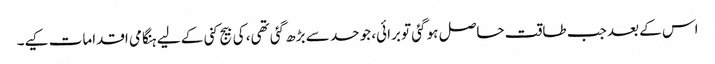
اس کے بعد جب طاقت حاصل ہو گئی تو برائی، جو حد سے بڑھ گئی تھی، کی بیج کنی کے لیے ہنگامی اقدامات کیے۔